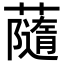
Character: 𧁼